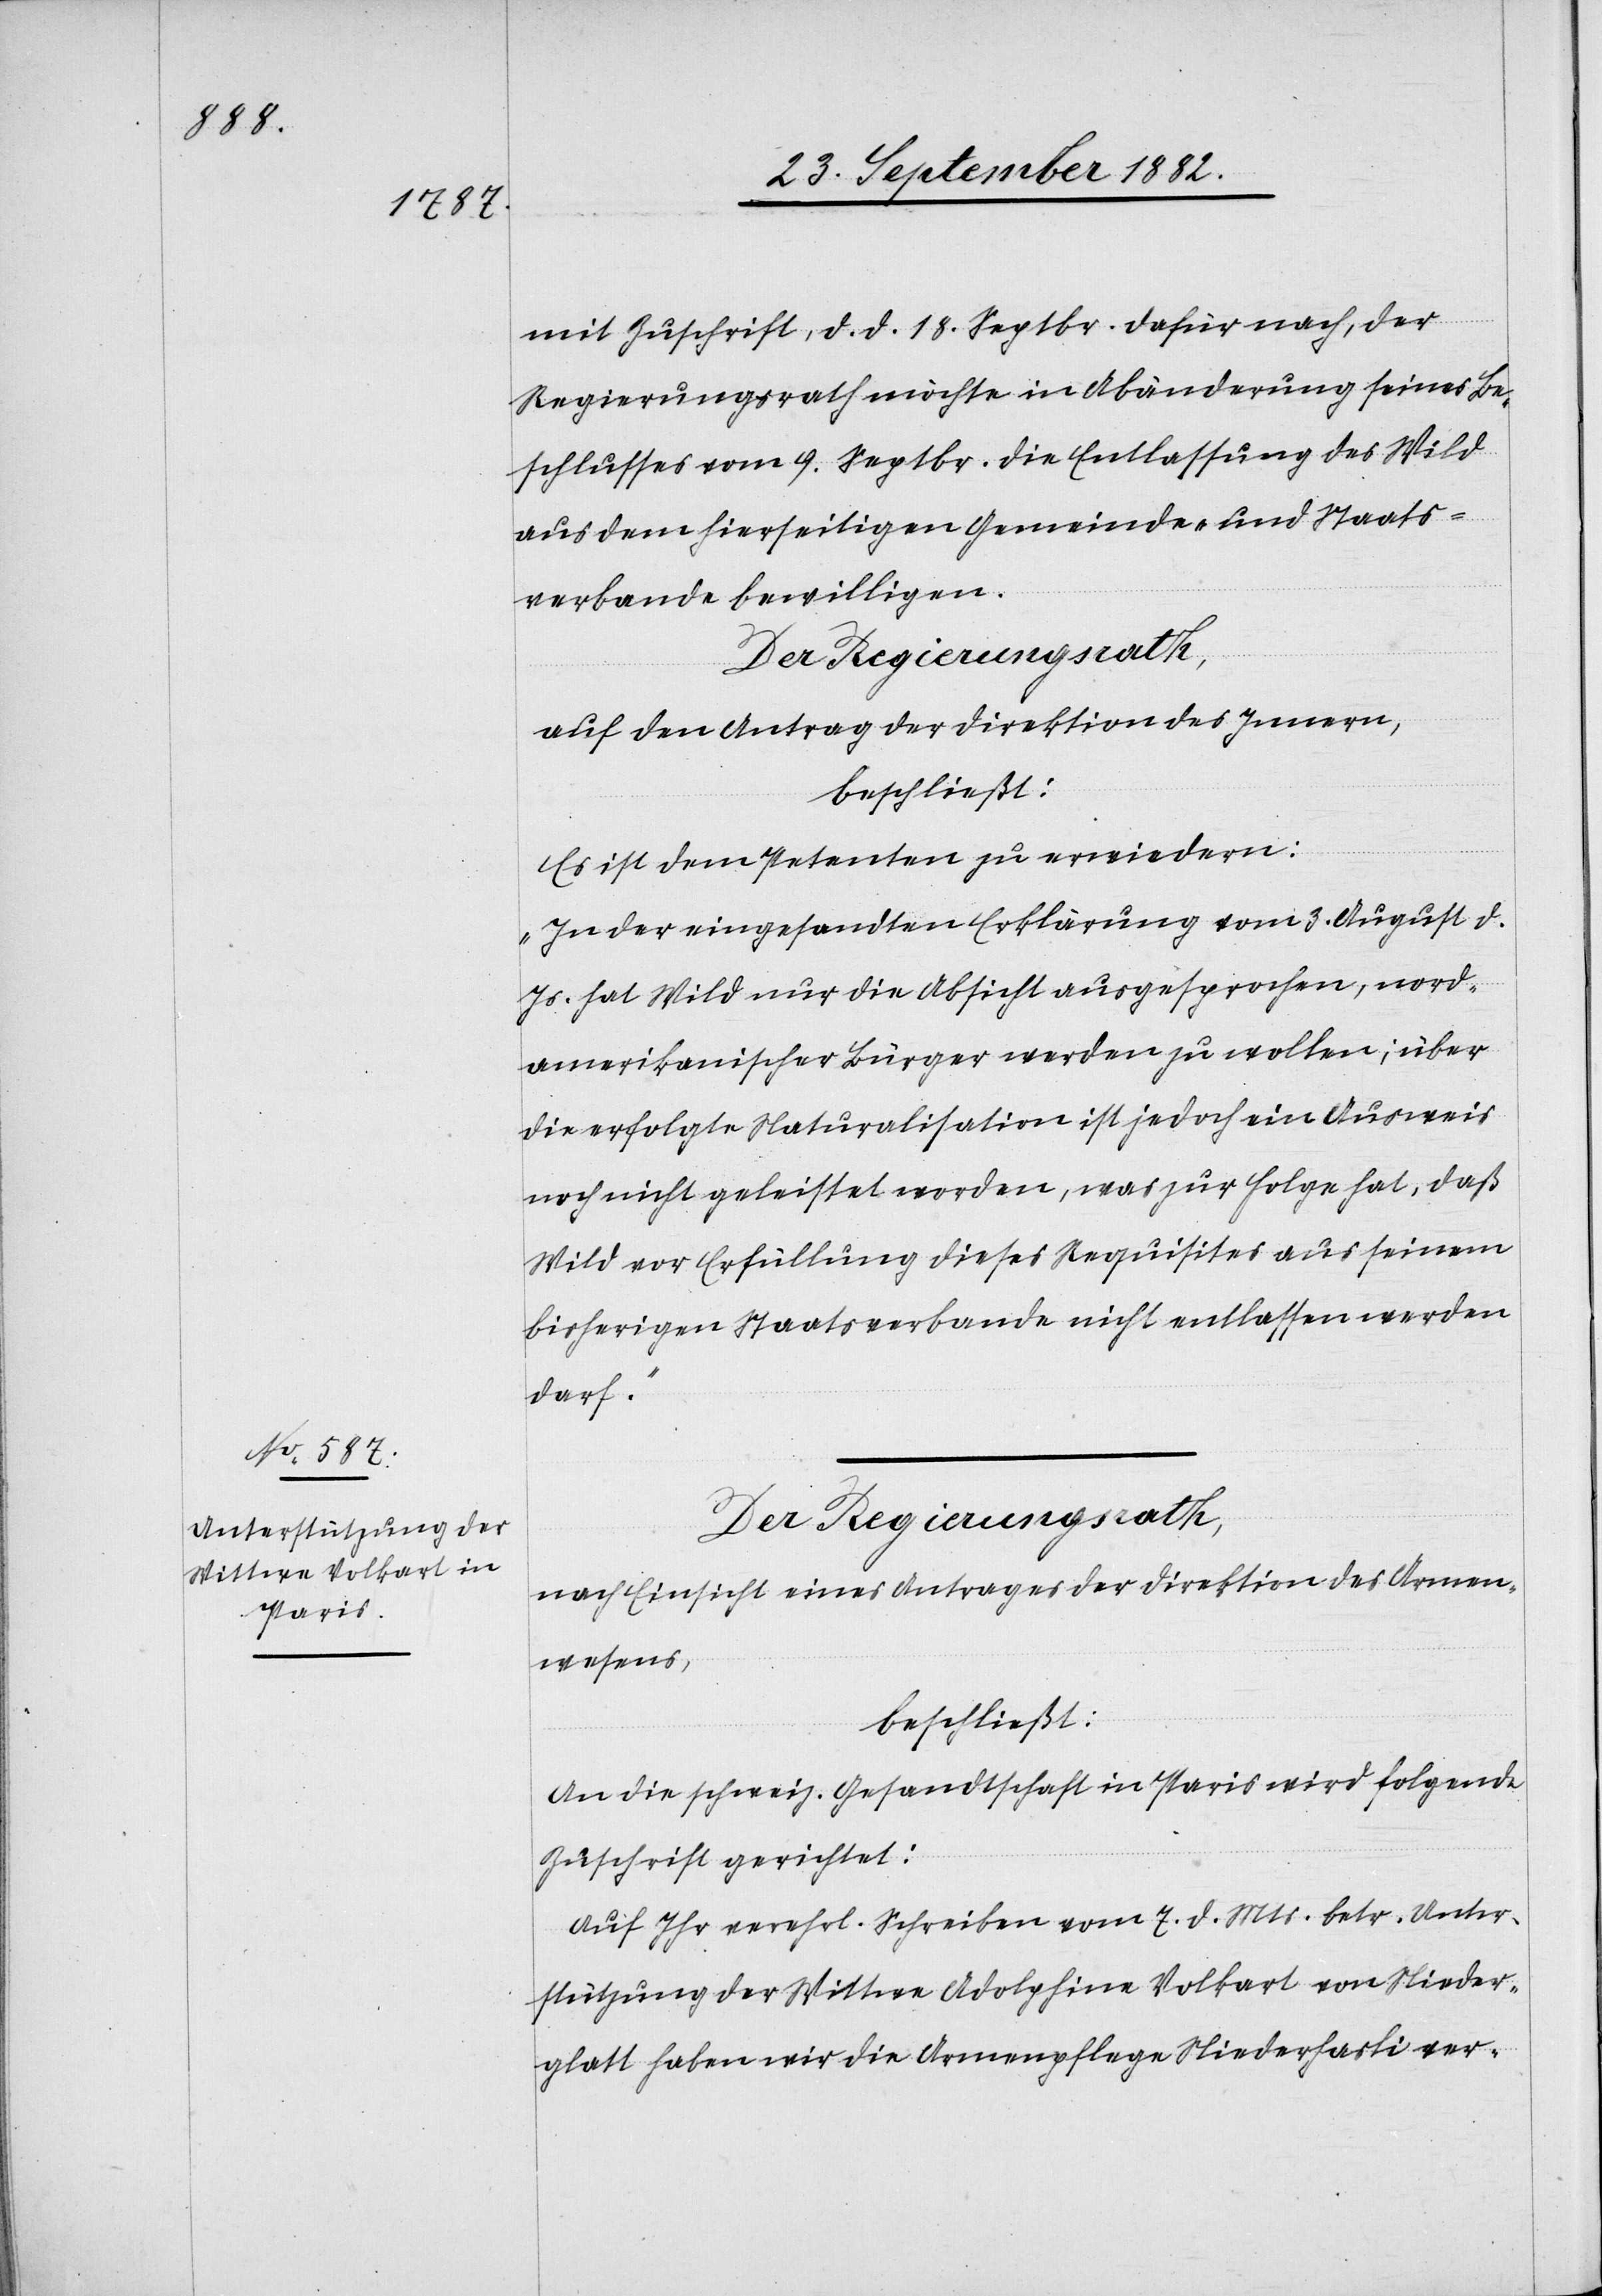
mit Zuschrift, d. d. 18. Septbr. dafür nach, der
Regierungsrath möchte in Abänderung seines Be¬
schlusses vom 9. Septbr. die Entlassung des Wild
aus dem hierseitigen Gemeinde- und Staats¬
verbande bewilligen.
Der Regierungsrath,
auf den Antrag der Direktion des Innern,
beschließt:
Es ist dem Petenten zu erwiedern:
„In der eingesandten Erklärung vom 3. August d.
Js. hat Wild nur die Absicht ausgesprochen, nord¬
amerikanischer Bürger werden zu wollen; über
die erfolgte Naturalisation ist jedoch ein Ausweis
Wild vor Erfüllung dieses Requisites aus seinem
bisherigen Staatsverbande nicht entlassen werden
darf.“
Der Regierungsrath,
nach Einsicht eines Antrages der Direktion des Armen¬
wesens,
beschließt:
An die schweiz. Gesandtschaft in Paris wird folgende
Zuschrift gerichtet:
„Auf Ihr verehrl. Schreiben vom 7. d. Mts. betr. Unter¬
stützung der Wittwe Adolphine Volkart von Nieder¬
glatt haben wir die Armenpflege Niederhasli ver-